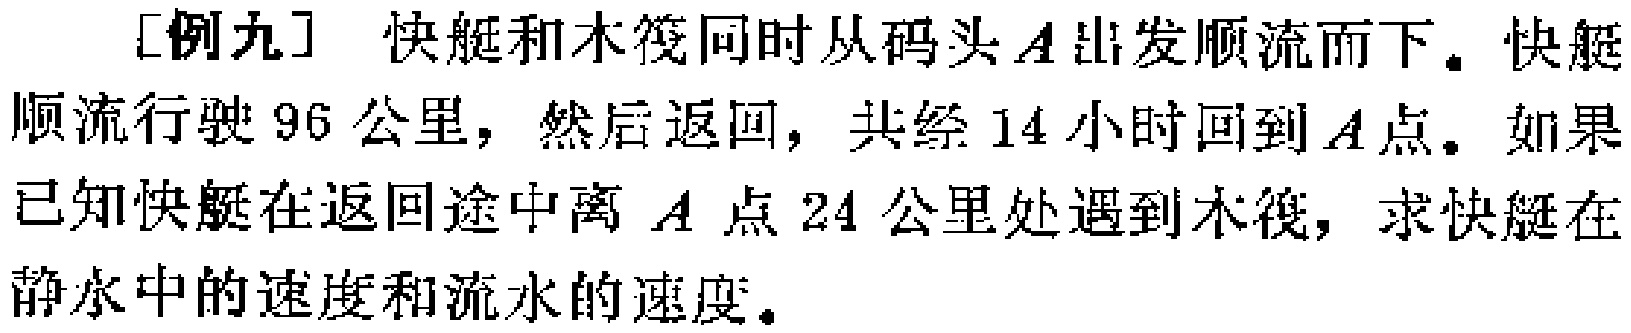
[例九] 快艇和木筏同时从码头\(A\)出发顺流而下。快艇顺流行驶\(96\)公里，然后返回，共经\(14\)小时回到\(A\)点。如果已知快艇在返回途中离 \(A\) 点\(24\) 公里处遇到木筏，求快艇在静水中的速度和流水的速度。